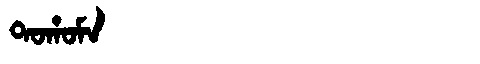
Manchu: ᡨᠣᡥᠣᠮᠠ
Romanization: TOHOMA